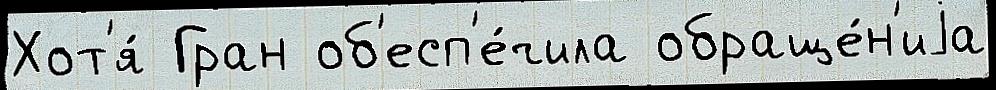
Хот'я́ Гран об'есп'е́чила обраще́н'иjа